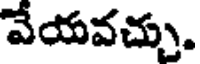
వేయవచ్చు.